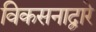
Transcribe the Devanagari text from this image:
विकसनाद्वारे